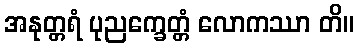
အနုတ္တရံ ပုညက္ခေတ္တံ လောကဿာ တိ။